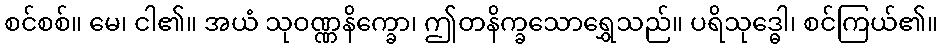
စင်စစ်။ မေ၊ ငါ၏။ အယံ သုဝဏ္ဏနိက္ခော၊ ဤတနိက္ခသောရွှေသည်။ ပရိသုဒ္ဓေါ၊ စင်ကြယ်၏။